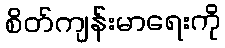
စိတ်ကျန်းမာရေးကို